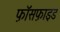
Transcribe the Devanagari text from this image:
फ़ॉसफ़ाइड